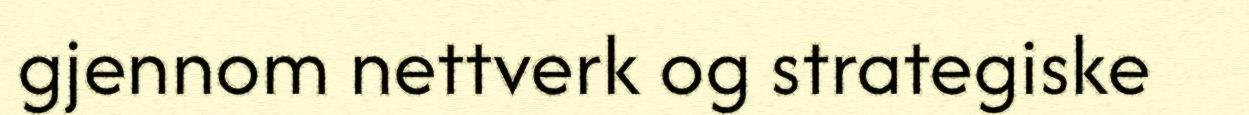
gjennom nettverk og strategiske